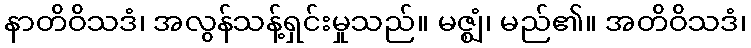
နာတိဝိသဒံ၊ အလွန်သန့်ရှင်းမှုသည်။ မဇ္ဈံ၊ မည်၏။ အတိဝိသဒံ၊